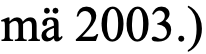
mä 2003.)